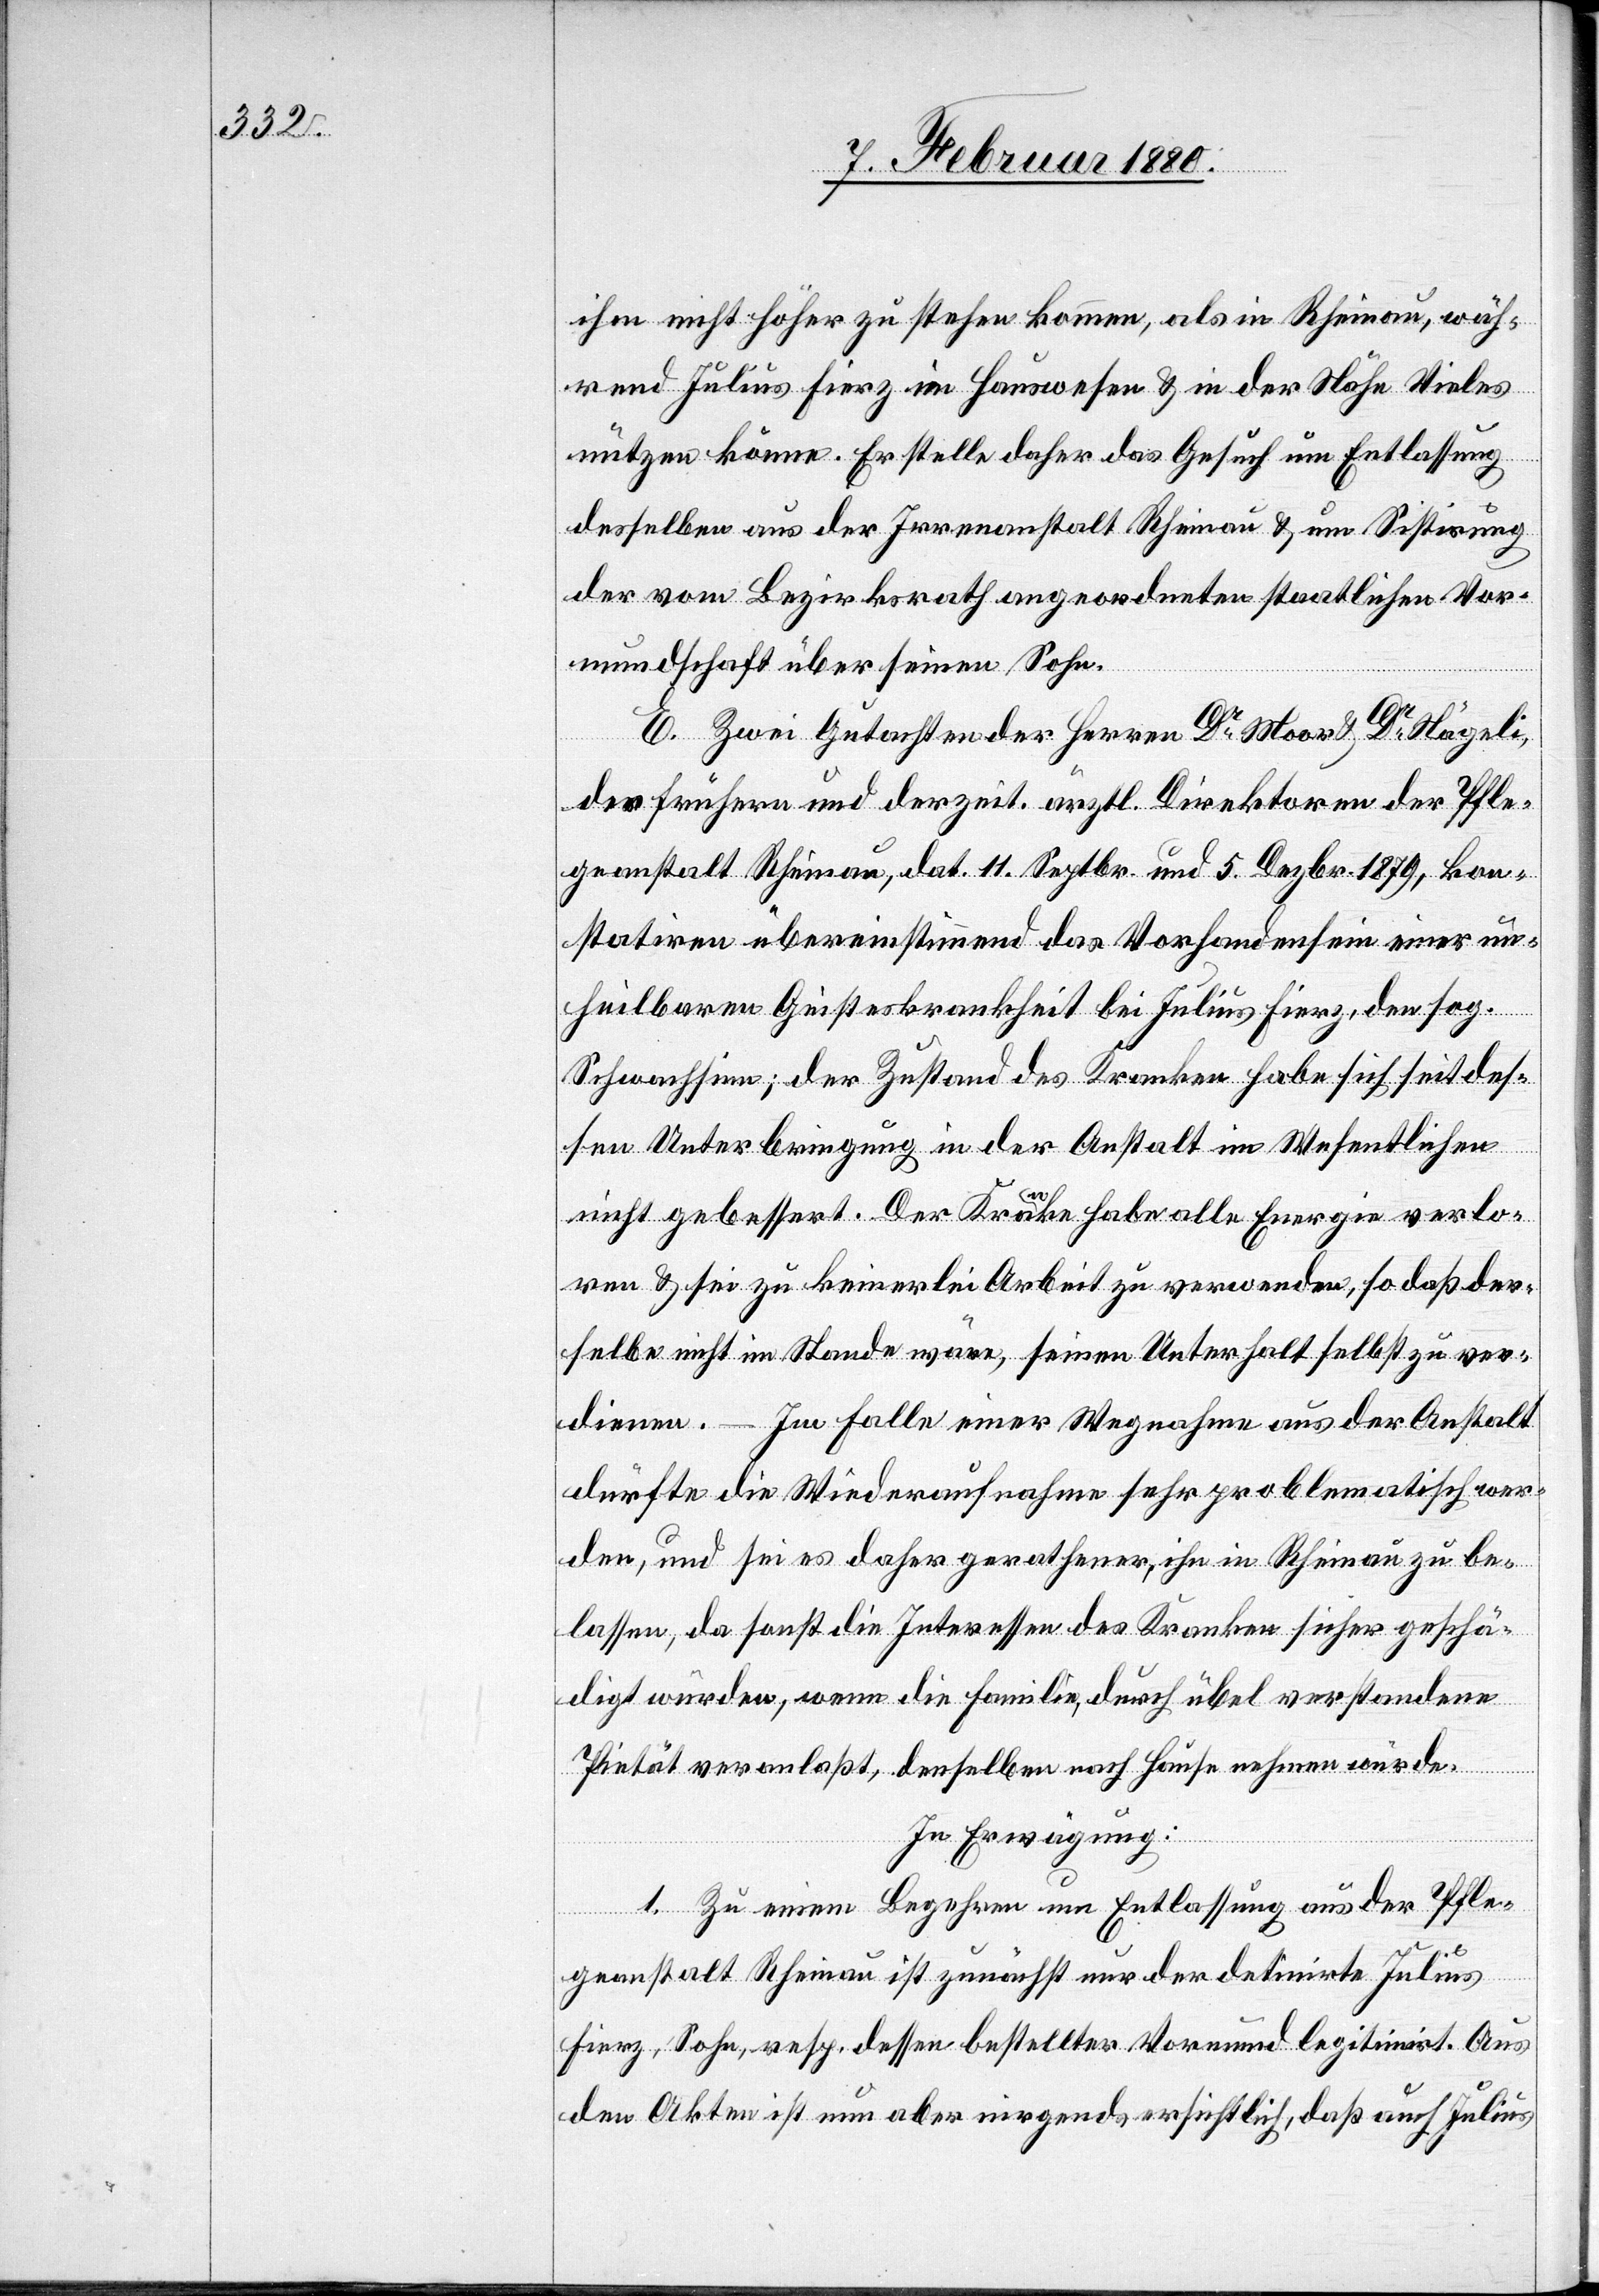
ihm nicht höher zu stehen kommen, als in Rheinau, wäh¬
rend Julius Fierz im Hauswesen & in der Nähe Vieles
nützen könne. Er stelle daher das Gesuch um Entlassung
desselben aus der Irrenanstalt Rheinau & um Sistirung
der vom Bezirksrath angeordneten staatlichen Vor¬
mundschaft über seinen Sohn.
E. Zwei Gutachten der Herren Dr Moor & Dr Nägeli,
des frühern und derzeit. ärztl. Direktoren der Pfle¬
geanstalt Rheinau, dat. 11. Septbr. und 5. Dezbr. 1879, kon¬
statiren übereinstimmend das Vorhandensein einer un¬
heilbaren Geisteskrankheit bei Julius Fierz, den sog.
Schwachsinn; der Zustand des Kranken habe sich seit des¬
sen Unterbringung in der Anstalt im Wesentlichen
nicht gebessert. Der Kranke habe alle Energie verlo¬
ren & sei zu keinerlei Arbeit zu verwenden, so daß der¬
selbe nicht im Stande wäre, seinen Unterhalt selbst zu ver¬
dienen. – Im Falle einer Wegnahme aus der Anstalt
dürfte die Wiederaufnahme sehr problematisch wer¬
den, und sei es daher gerathen, ihn in Rheinau zu be¬
lassen, da sonst die Interessen des Kranken sicher geschä¬
digt würden, wenn die Familie, durch übel verstandene
Pietät veranlaßt, denselben nach Hause nehmen würde.
In Erwägung:
1. Zu einem Begehren um Entlassung aus der Pfle¬
geanstalt Rheinau ist zunächst nur der detinirte Julius
Fierz, Sohn, resp. dessen bestellter Vormund legitimirt. Aus
den Akten ist nun aber nirgends ersichtlich, daß auch Julius